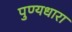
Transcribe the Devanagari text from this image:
पुण्यधारा